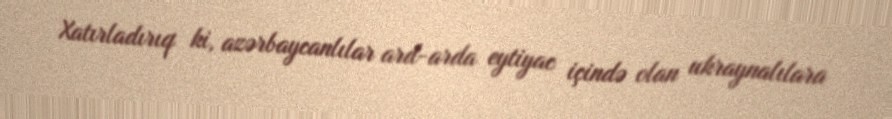
Xatırladırıq ki, azərbaycanlılar ard-arda eytiyac içində olan ukraynalılara